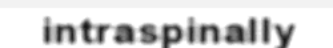
intraspinally